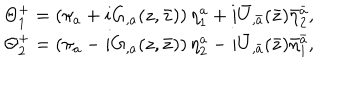
\begin{array} { c } { { \Theta _ { 1 } ^ { + } = \left( \pi _ { a } + i G _ { , a } ( z , \bar { z } ) \right) \eta _ { 1 } ^ { a } + i { \bar { U } } _ { , \bar { a } } ( { \bar { z } } ) { \bar { \eta } } _ { 2 } ^ { \bar { a } } , } } \\ { { \Theta _ { 2 } ^ { + } = \left( \pi _ { a } - i G _ { , a } ( z , \bar { z } ) \right) \eta _ { 2 } ^ { a } - i { \bar { U } } _ { , { \bar { a } } } ( { \bar { z } } ) { \bar { \eta } } _ { 1 } ^ { \bar { a } } , } } \\ \end{array}